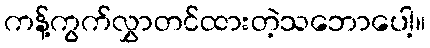
ကန့်ကွက်လွှာတင်ထားတဲ့သဘောပေါ့။